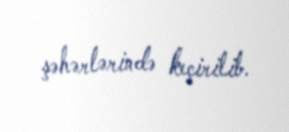
şəhərlərində keçirilib.